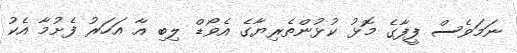
ނަމަވެސް ފީފާގެ މޮޅު ކުޅުންތެރިޔާގެ އެވޯޑް ލިބި އާ އަހަރު ފެށުމާ އެކު